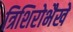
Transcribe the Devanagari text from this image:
त्रिशिरोभैखे